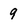
Character: 9